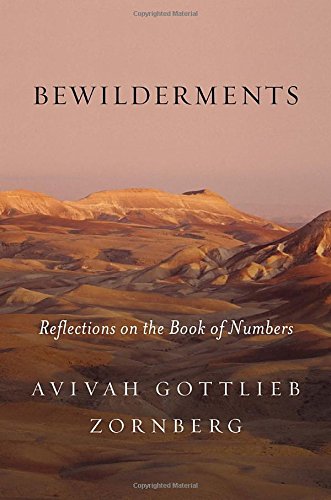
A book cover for Bewilderments: Reflections on the Book of Numbers; Avivah Gottlieb Zornberg; Religion & Spirituality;